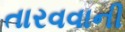
તારવવાની